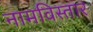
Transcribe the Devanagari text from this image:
नामविस्‍तार